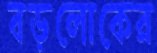
বড়লোকের